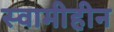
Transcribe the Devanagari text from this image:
स्वामीहीन